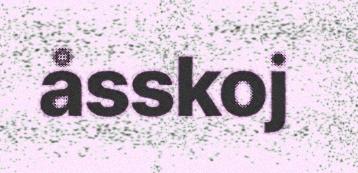
åsskoj